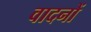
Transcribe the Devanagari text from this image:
वादनों